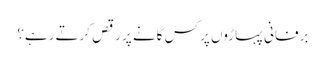
برفانی پہاڑوں پر کس گانے پر رقص کرتے رہے؟